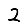
Digit: 2